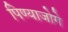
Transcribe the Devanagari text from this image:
पिण्याजोगे